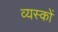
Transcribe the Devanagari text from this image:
व्‍यस्‍कों